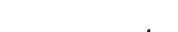
٩٨